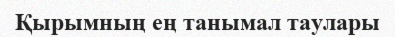
Қырымның ең танымал таулары